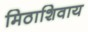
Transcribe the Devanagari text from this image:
मिठाशिवाय